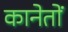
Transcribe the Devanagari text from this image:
कानेतों